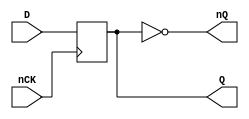
// This program was cloned from: https://github.com/jotego/jtcores
// License: GNU General Public License v3.0

// Fujitsu AV cell
// Power DFF
// furrtek 2022

`timescale 1ns/100ps

module FD2(
	input nCK,
	input D,
	output reg Q,
	output nQ
);

	always @(negedge nCK)
		Q <= #1 D;	// tmax = 4.9ns
	
	assign nQ = ~Q;

endmodule